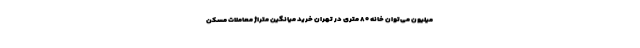
میلیون می‌توان خانه ۸۰ متری در تهران خرید میانگین متراژ معاملات مسکن